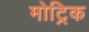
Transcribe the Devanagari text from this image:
मोट्रिक